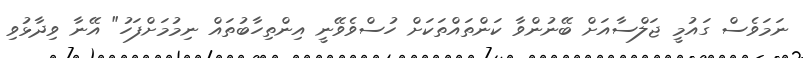
ނަމަވެސް ގައުމީ ޖަލްސާއަށް ބޭނުންވާ ކަންތައްތަކަށް ހުސްވެވޭނީ އިންތިހާބުތައް ނިމުމަށްފަހު" އޭނާ ވިދާޅުވި